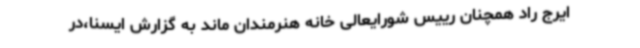
ایرج راد همچنان رییس شورایعالی خانه هنرمندان ماند به گزارش ایسنا،در